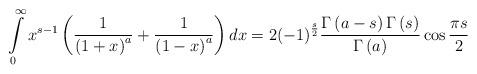
LaTeX: \begin{align*}\int\limits_0^\infty {{x^{s - 1}}} \left( {\frac{1}{{{{\left( {1 + x} \right)}^a}}} + \frac{1}{{{{\left( {1 - x} \right)}^a}}}} \right)dx = 2{\left( { - 1} \right)^{\frac{s}{2}}}\frac{{\Gamma \left( {a - s} \right)\Gamma \left( s \right)}}{{\Gamma \left( a \right)}}\cos \frac{{\pi s}}{2} \end{align*}